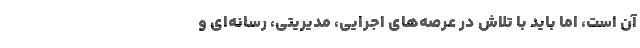
آن است، اما باید با تلاش در عرصه‌های اجرایی، مدیریتی، رسانه‌ای و